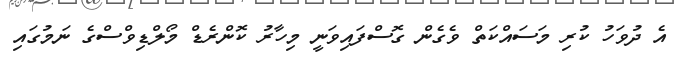
އެ ދުވަހު ކުރި މަސައްކަތް ވެގެން ގޮސްފައިވަނީ މިހާރު ކޮންރެޑް މޯލްޑިވްސްގެ ނަމުގައި